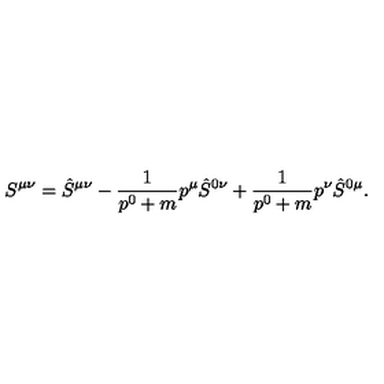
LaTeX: S ^ { \mu \nu } = \hat { S } ^ { \mu \nu } - \frac { 1 } { p ^ { 0 } + m } p ^ { \mu } \hat { S } ^ { 0 \nu } + \frac { 1 } { p ^ { 0 } + m } p ^ { \nu } \hat { S } ^ { 0 \mu } .